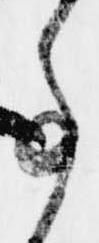
事